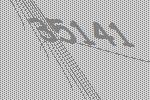
35141